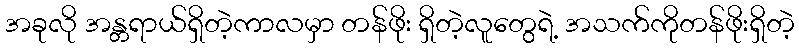
အခုလို အန္တရာယ်ရှိတဲ့ကာလမှာ တန်ဖိုး ရှိတဲ့လူတွေရဲ့ အသက်ကိုတန်ဖိုးရှိတဲ့